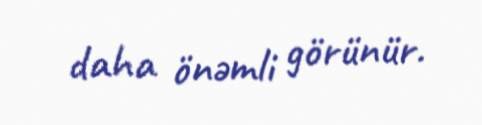
daha önəmli görünür.